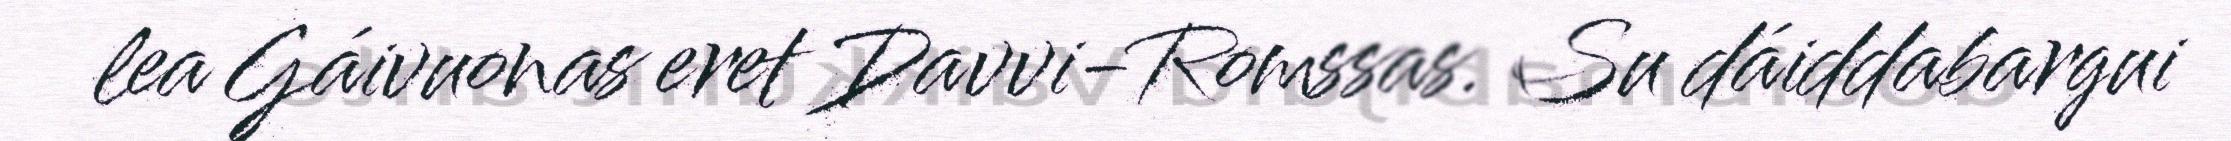
lea Gáivuonas eret Davvi-Romssas. Su dáiddabargui